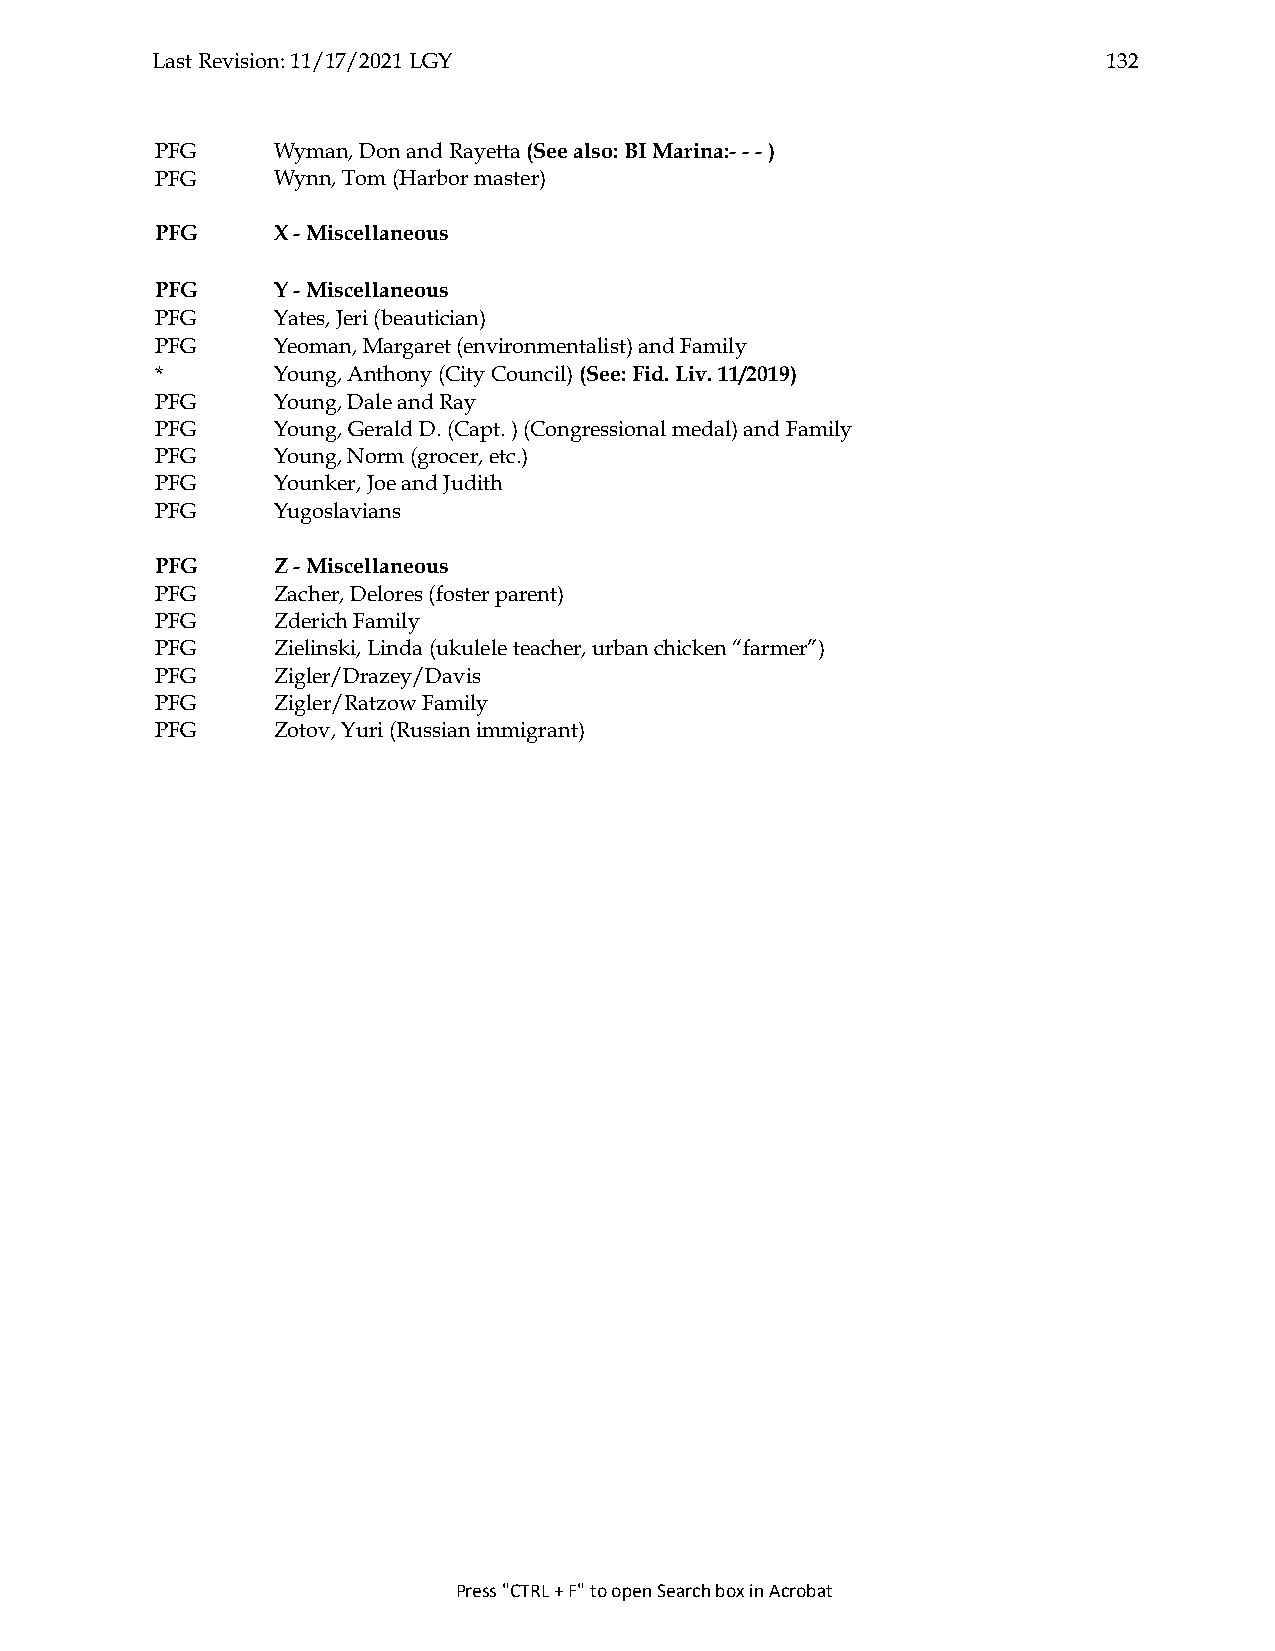
Last Revision: 11/17/2021 LGY                                  132
 PFG     Wyman, Don and Rayetta (See also: BI Marina:- - - )
 PFG     Wynn, Tom (Harbor master)
 PFG     X - Miscellaneous
 PFG     Y - Miscellaneous
 PFG     Yates, Jeri (beautician)
 PFG     Yeoman, Margaret (environmentalist) and Family
 *       Young, Anthony (City Council) (See: Fid. Liv. 11/2019)
 PFG     Young, Dale and Ray
 PFG     Young, Gerald D. (Capt. ) (Congressional medal) and Family
 PFG     Young, Norm (grocer, etc.)
 PFG     Younker, Joe and Judith
 PFG     Yugoslavians
 PFG     Z - Miscellaneous
 PFG     Zacher, Delores (foster parent)
 PFG     Zderich Family
 PFG     Zielinski, Linda (ukulele teacher, urban chicken “farmer”)
 PFG     Zigler/Drazey/Davis
 PFG     Zigler/Ratzow Family
 PFG     Zotov, Yuri (Russian immigrant)
 Press "CTRL + F" to open Search box in Acrobat